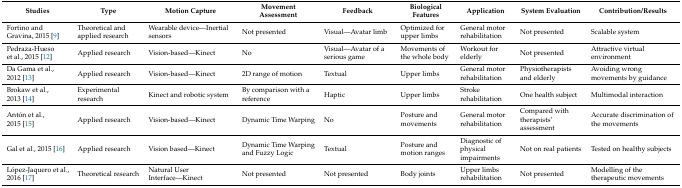
<table><thead><tr><td><b>Studies</b></td><td><b>Type</b></td><td><b>Motion Capture</b></td><td><b>Movement Assessment</b></td><td><b>Feedback</b></td><td><b>Biological Features</b></td><td><b>Application</b></td><td><b>System Evaluation</b></td><td><b>Contribution/Results</b></td></tr></thead><tbody><tr><td>Fortino and Gravina, 2015 [9]</td><td>Theoretical and applied research</td><td>Wearable device—Inertial sensors</td><td>Not presented</td><td>Visual—Avatar limb</td><td>Optimized for upper limbs</td><td>General motor rehabilitation</td><td>Not presented</td><td>Scalable system</td></tr><tr><td>Pedraza-Hueso et al., 2015 [12]</td><td>Applied research</td><td>Vision-based—Kinect</td><td>No</td><td>Visual—Avatar of a serious game</td><td>Movements of the whole body</td><td>Workout for elderly</td><td>Not presented</td><td>Attractive virtual environment</td></tr><tr><td>Da Gama et al., 2012 [13]</td><td>Applied research</td><td>Vision-based—Kinect</td><td>2D range of motion</td><td>Textual</td><td>Upper limbs</td><td>General motor rehabilitation</td><td>Physiotherapists and elderly</td><td>Avoiding wrong movements by guidance</td></tr><tr><td>Brokaw et al., 2013 [14]</td><td>Experimental research</td><td>Kinect and robotic system</td><td>By comparison with a reference</td><td>Haptic</td><td>Upper limbs</td><td>Stroke rehabilitation</td><td>One health subject</td><td>Multimodal interaction</td></tr><tr><td>Antón et al., 2015 [15]</td><td>Applied research</td><td>Vision-based—Kinect</td><td>Dynamic Time Warping</td><td>No</td><td>Posture and movements</td><td>General motor rehabilitation</td><td>Compared with therapists’ assessment</td><td>Accurate discrimination of the movements</td></tr><tr><td>Gal et al., 2015 [16]</td><td>Applied research</td><td>Vision based—Kinect</td><td>Dynamic Time Warping and Fuzzy Logic</td><td>Textual</td><td>Posture and motion ranges</td><td>Diagnostic of physical impairments</td><td>Not on real patients</td><td>Tested on healthy subjects</td></tr><tr><td>López-Jaquero et al., 2016 [17]</td><td>Theoretical research</td><td>Natural User Interface—Kinect</td><td>Not presented</td><td>Not presented</td><td>Body joints</td><td>Upper limbs rehabilitation</td><td>Not presented</td><td>Modelling of the therapeutic movements</td></tr></tbody></table>